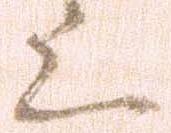
上